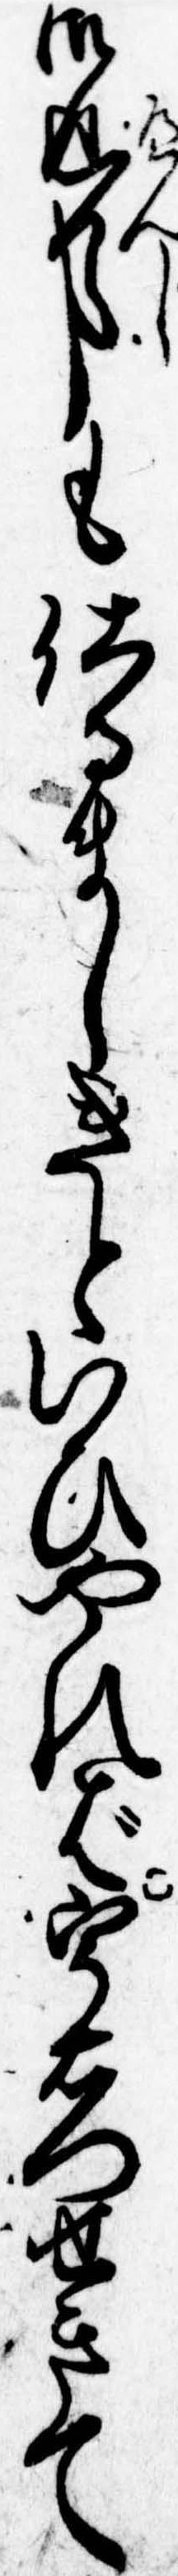
御返事も仕るましきといひやれば宇右門せきて